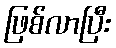
ဖြစ်လာပြီး